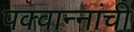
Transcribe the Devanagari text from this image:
पक्वान्‍नांची